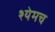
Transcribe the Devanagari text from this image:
श्येमच